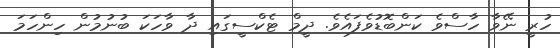
ހުރީ ނޭވާ ހާސްވެ ކަންބޮޑުވެފައެވެ. ދީމް ޓެކްސީގައި ދާ ވާހަކަ ބުނުމުން ހިންހަމަ